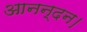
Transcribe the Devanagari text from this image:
आनन्दन।